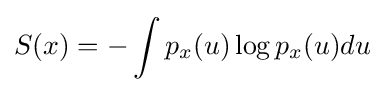
S(x)=-\int p_{x}(u)\log p_{x}(u)du